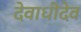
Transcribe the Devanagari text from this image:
देवाधीदेव